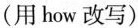
(用how改写)